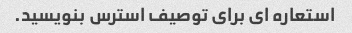
استعاره ای برای توصیف استرس بنویسید.